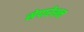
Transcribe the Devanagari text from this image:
सेपारेशन